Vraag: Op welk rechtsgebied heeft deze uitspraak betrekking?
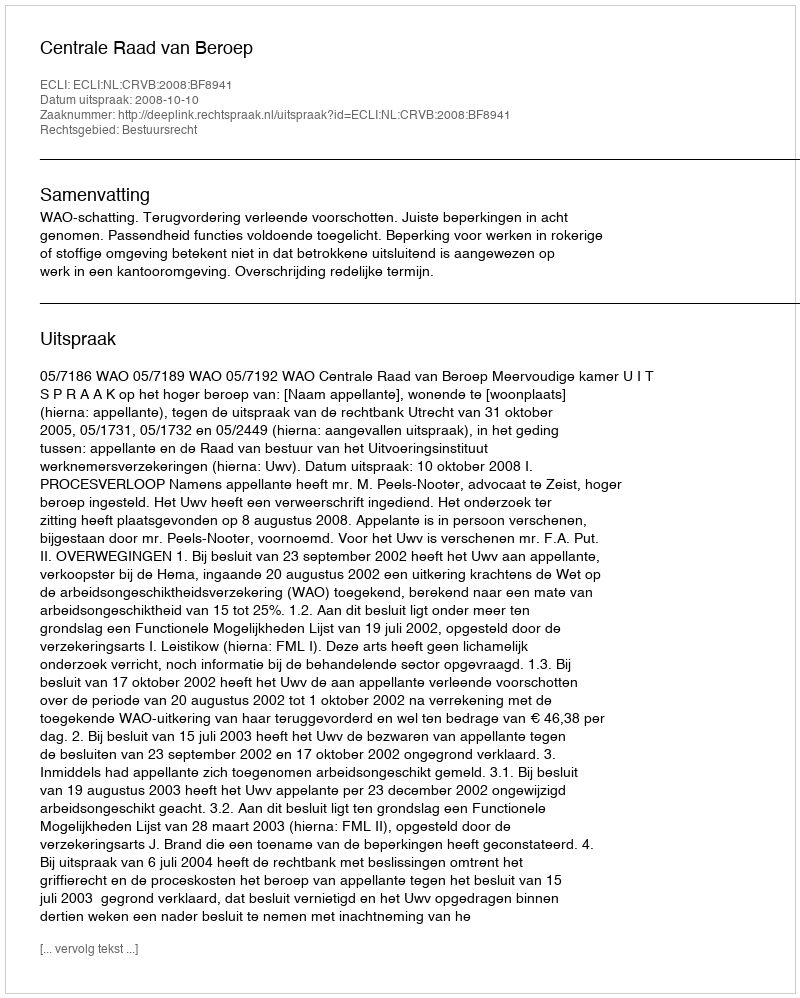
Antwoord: Bestuursrecht